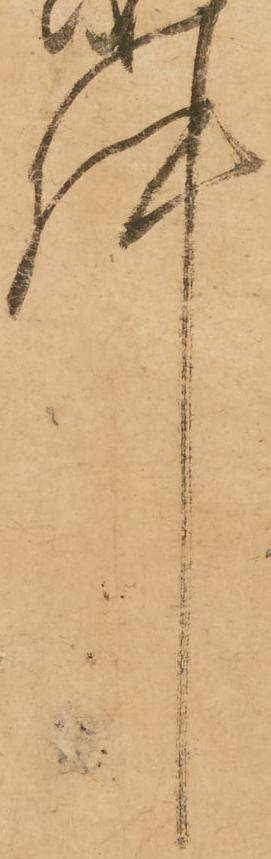
件